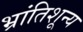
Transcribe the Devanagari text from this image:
भ्रांतिशून्य